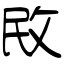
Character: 敃